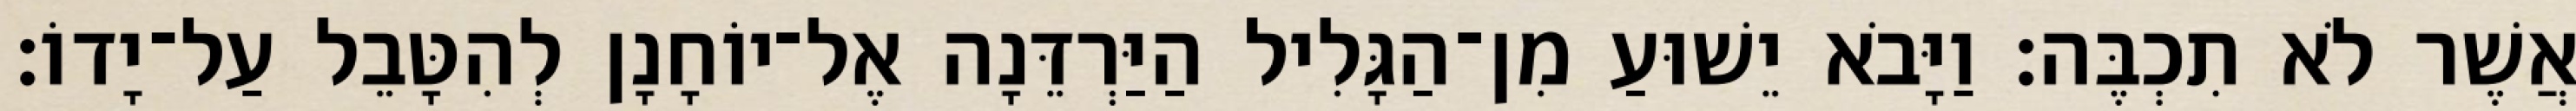
אֲשֶׁר לֹא תִכְבֶּה׃ וַיָּבֹא יֵשׁוּעַ מִן־הַגָּלִיל הַיַּרְדֵּנָה אֶל־יוֹחָנָן לְהִטָּבֵל עַל־יָדוֹ׃